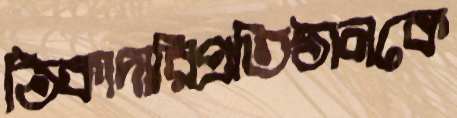
ঠিকাদারিপ্রতিষ্ঠানকে